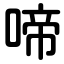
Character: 啼